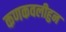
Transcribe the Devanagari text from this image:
कणकवलीहुन